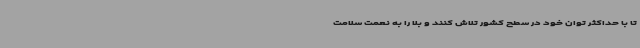
تا با حداکثر توان خود در سطح کشور تلاش کنند و بلا را به نعمت سلامت